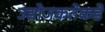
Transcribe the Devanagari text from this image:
उद्योजकतेकडे